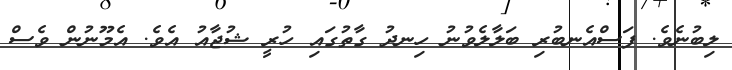
ލިބުނެވެ. ފަސްއެނބުރި ބަލާލެވުނު ހިނދު ގާތުގައި ހުރީ ޝުޖާއު އެވެ. އެމޫނުން ވެސް